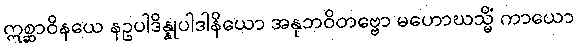
ဣစ္ဆာဝိနယေ နဥပါဒိန္နုပါဒါနိယော အနုဘဝိတဗ္ဗော မဟောဃသ္မိံ ကာယော